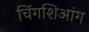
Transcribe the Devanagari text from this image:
चिंगशिआंग